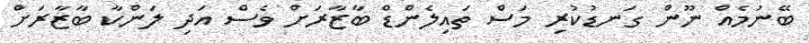
ބޭނުމެއް ނޫން ގަނޑުކުރި މަސް ތައިލެންޑް ބާޒާރަށް ވެސް އަދި ލަންކާ ބާޒާރަށް